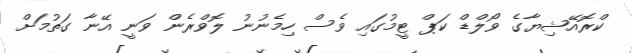
ކްރޮއޭޝިޔާގެ ވޯލްޑް ކަޕް ޓީމުގައި ވެސް ހިމެނުނު ލޮވްރެން ވަނީ އޭނާ ގަތުމަށް